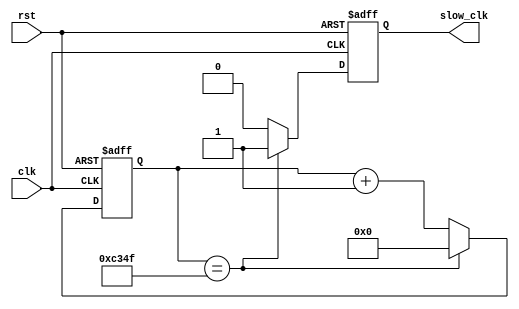
`timescale 1ns / 1ps
//////////////////////////////////////////////////////////////////////////////////
// Company: 
// Engineer: 
// 
// Design Name: 
// Module Name:    clockdiv 
// Project Name: 
// Target Devices: 
// Tool versions: 
// Description: 
//
// Dependencies: 
//
// Revision: 
// Revision 0.01 - File Created
// Additional Comments: 
//
//////////////////////////////////////////////////////////////////////////////////
module clockdivider #(parameter div = 50000)(
    input clk,
    input rst,
    output reg slow_clk
    );
    
    localparam nbits = clogb2(div);
    reg [nbits-1:0] cnt;
    
    assign comp = (cnt == div-1);
    
    always @(posedge clk, posedge rst)
        if(rst)
                cnt <= {nbits{1'b0}};
        else if(comp)
                cnt <= {nbits{1'b0}};
        else
                cnt <= cnt + 1;
                
    
    always @(posedge clk, posedge rst)
        if(rst)
                slow_clk <= 1'b0;
        else if(comp)
                slow_clk <= 1'b1;
			 else
				slow_clk <= 1'b0;


    function integer clogb2;
        input reg [31:0] val;
        begin
                val = val-1;
                for(clogb2 = 0; val > 0;  clogb2 = clogb2+1)
                        val = val >> 1;
        end
    endfunction


endmodule